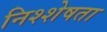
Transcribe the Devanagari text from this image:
निश्शेषता